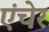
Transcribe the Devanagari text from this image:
एंचेर